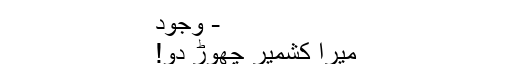
- وجود
میرا کشمیر چھوڑ دو!